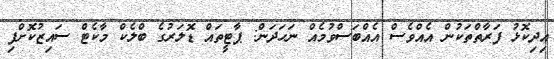
އިދިކޮޅު ފަރާތްތަކުން އެއްވެސް އެއްބަސްވުމެއް ނަހަދަން: ޕާޓީތައް ޑޮލަރުގެ ބްލެކް މާކެޓް ސައިޒުކޮށްފި